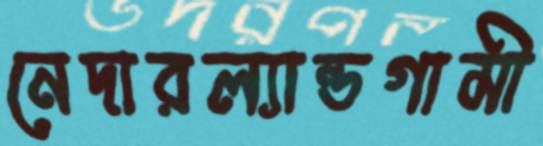
নেদারল্যান্ডগামী